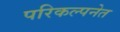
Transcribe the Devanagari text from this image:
परिकल्पनेत